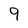
Character: 9